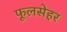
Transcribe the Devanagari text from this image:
फूलसेहर